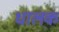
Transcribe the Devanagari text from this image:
धालक